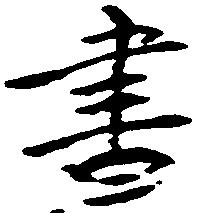
書